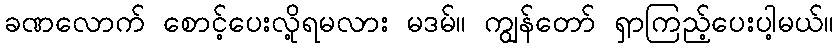
ခဏလောက် စောင့်ပေးလို့ရမလား မဒမ်။ ကျွန်တော် ရှာကြည့်ပေးပါ့မယ်။